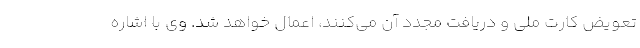
تعویض کارت ملی و دریافت مجدد آن می‌کنند، اعمال خواهد شد. وی با اشاره